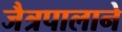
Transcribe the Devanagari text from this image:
जैत्रपालाने